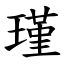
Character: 瑾